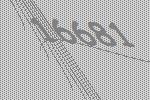
16681